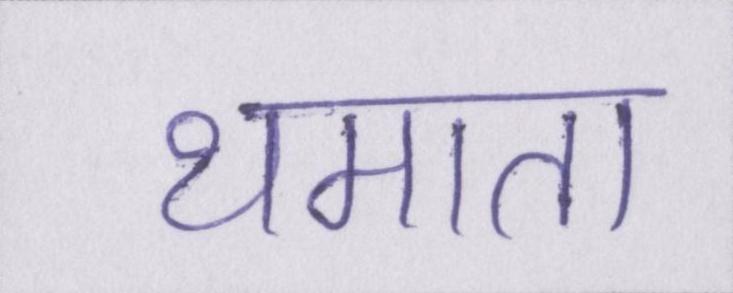
थमाता